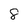
Character: 8